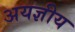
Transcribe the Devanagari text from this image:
अयज्ञीय